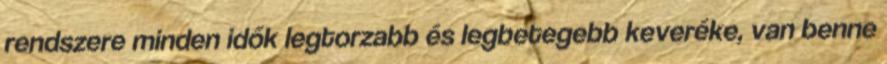
rendszere minden idők legtorzabb és legbetegebb keveréke, van benne